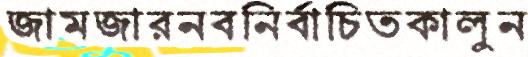
জামজারনবনির্বাচিতকালুন